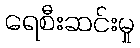
ရေစီးဆင်းမှု